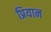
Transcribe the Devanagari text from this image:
प्रियान